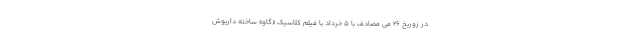
در زوریخ 26 می مصادف با 5 خرداد با فیلم کلاسیک «گاو» ساخته داریوش